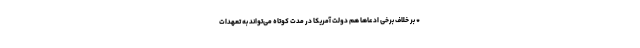
* بر خلاف برخی ادعاها هم دولت آمریکا در مدت کوتاه می‌تواند به تعهدات